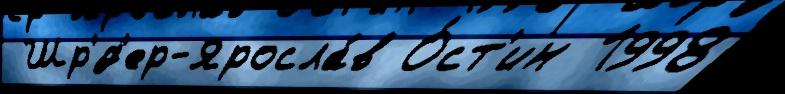
 Шр'́д'ер-Яросла́в О́ст'ин 1998